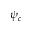
\psi _ { c }